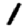
Digit: 1